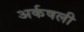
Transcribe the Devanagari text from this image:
अर्कषली